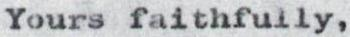
Yours faithfully,